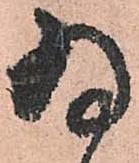
為